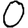
Digit: 0